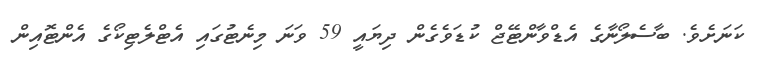
ކަނަށެވެ. ބާސެލޯނާގެ އެޑްވާންޓޭޖް ކުޑަވެގެން ދިޔައީ 59 ވަނަ މިނެޓުގައި އެޓްލެޓިކޯގެ އެންޓޮއިން